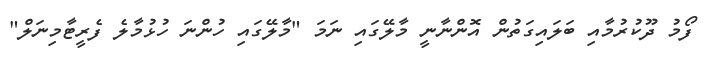
ފޯމު ދޫކުރުމާއި ބަލައިގަތުން އޮންނާނީ މާލޭގައި ނަމަ "މާލޭގައި ހުންނަ ހުޅުމާލެ ފެރީޓާމިނަލް"